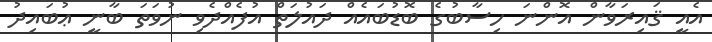
އެއީ ޤައިރަވާން އޮންނަ ހިސާބުގެ ބޮޑުބައެއް ދައުލަތް އުފެއްދެވި ނުވަތަ ބާނީ ޢުބައިދު